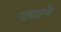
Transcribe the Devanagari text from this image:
उद्याचे